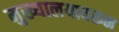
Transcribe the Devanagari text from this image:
मुख्यालयावरून